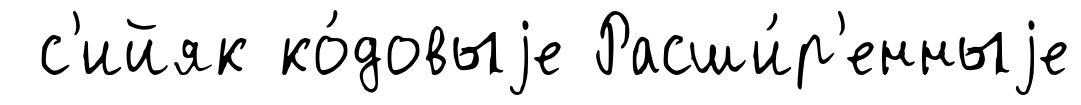
с'ийяк ко́довыjе Расши́р'енныjе